Reports on military cantonments and civil stations in the Presidency of Bombay inspected by the Sanitary Commissioner in the years 1875 and 1876
Year: 1875
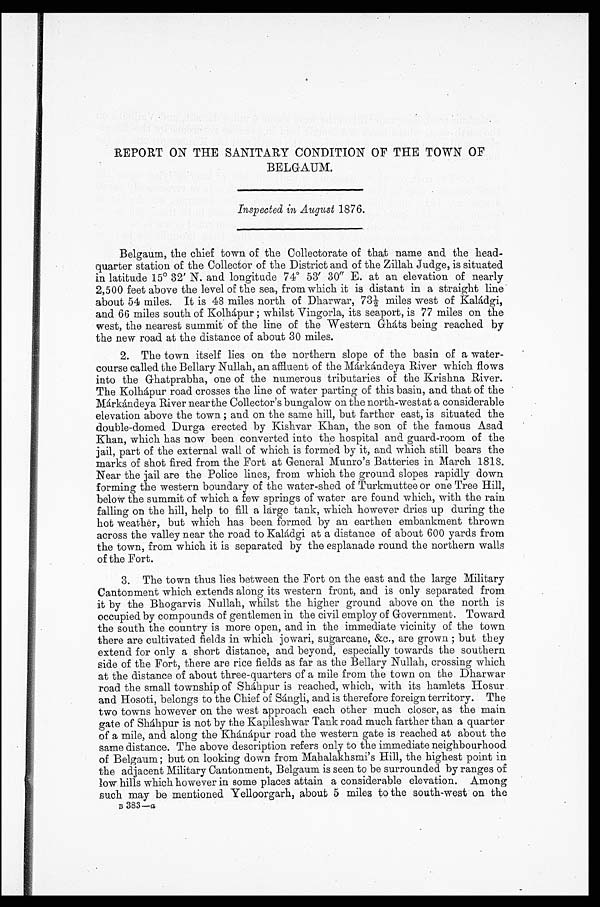
REPORT ON THE SANITARY CONDITION OF THE TOWN OF
BELGAUM.
Inspected in August 1876.
Belgaum, the chief town of the Collectorate of that name and the head--
quarter station of the Collector of the District and of the Zillah Judge, is situated
in latitude 15° 32' N. and longitude 74° 53' 30" E. at an elevation of nearly
2,500 feet above the level of the sea, from which it is distant in a straight line
about 54 miles. It is 48 miles north of Dharwar, 731/2 miles west of Kaládgi,
and 66 miles south of Kolhápur ; whilst Vingorla, its seaport, is 77 miles on the
west, the nearest summit of the line of the Western Gháts being reached by
the new road at the distance of about 30 miles.
2. The town itself lies on the northern slope of the basin of a water-
-course called the Bellary Nullah, an affluent of the Márkándeya River which flows
into the Ghatprabha, one of the numerous tributaries of the Krishna River.
The Kolhápur road crosses the line of water parting of this basin, and that of the
Márkándeya River near the Collector's bungalow on the north-west at a considerable
elevation above the town ; and on the same hill, but farther east, is situated the
double-domed Durga erected by Kishvar Khan, the son of the famous Asad
Khan, which has now been converted into the hospital and guard-room of the
jail, part of the external wall of which is formed by it, and which still bears the
marks of shot fired from the Fort at General Munro's Batteries in March 1818.
Near the jail are the Police lines, from which the ground slopes rapidly down
forming the western boundary of the water-shed of Turkmuttee or one Tree Hill,
below the summit of which a few springs of water are found which, with the rain
falling on the hill, help to fill a large tank, which however dries up during the
hot weather, but which has been formed by an earthen embankment thrown
across the valley near the road to Kaládgi at a distance of about 600 yards from
the town, from which it is separated by the esplanade round the northern walls
of the Fort.
3. The town thus lies between the Fort on the east and the large Military
Cantonment which extends along its western front, and is only separated from
it by the Bhogarvis Nullah, whilst the higher ground above on the north is
occupied by compounds of gentlemen in the civil employ of Government. Toward
the south the country is more open, and in the immediate vicinity of the town
there are cultivated fields in which jowari, sugarcane, &c., are grown ; but they
extend for only a short distance, and beyond, especially towards the southern
side of the Fort, there are rice fields as far as the Bellary Nullah, crossing which
at the distance of about three-quarters of a mile from the town on the Dharwar
road the small township of Sháhpur is reached, which, with its hamlets Hosur
and Hosoti, belongs to the Chief of Sángli, and is therefore foreign territory. The
two towns however on the west approach each other much closer, as the main
gate of Sháhpur is not by the Kapileshwar Tank road much farther than a quarter
of a mile, and along the Khánápur road the western gate is reached at about the
same distance. The above description refers only to the immediate neighbourhood
of Belgaum; but on looking down from Mahalakhsmi's Hill, the highest point in
the adjacent Military Cantonment, Belgaum is seen to be surrounded by ranges of
low hills which however in some places attain a considerable elevation. Among
such may be mentioned Yelloorgarh, about 5 miles to the south-west on the
B 3 8 3-
a